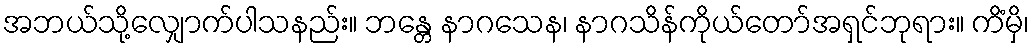
အဘယ်သို့လျှောက်ပါသနည်း။ ဘန္တေ နာဂသေန၊ နာဂသိန်ကိုယ်တော်အရှင်ဘုရား။ ကိံမှိ၊